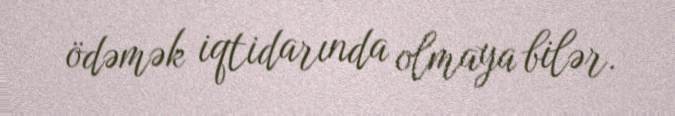
ödəmək iqtidarında olmaya bilər.